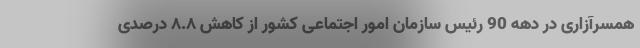
همسرآزاری در دهه 90 رئیس سازمان امور اجتماعی کشور از کاهش ۸.۸ درصدی